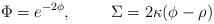
LaTeX: \begin{align*}\Phi = e^{-2 \phi}, \hskip1cm \Sigma = 2 \kappa (\phi - \rho)\end{align*}